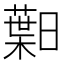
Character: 𱢯